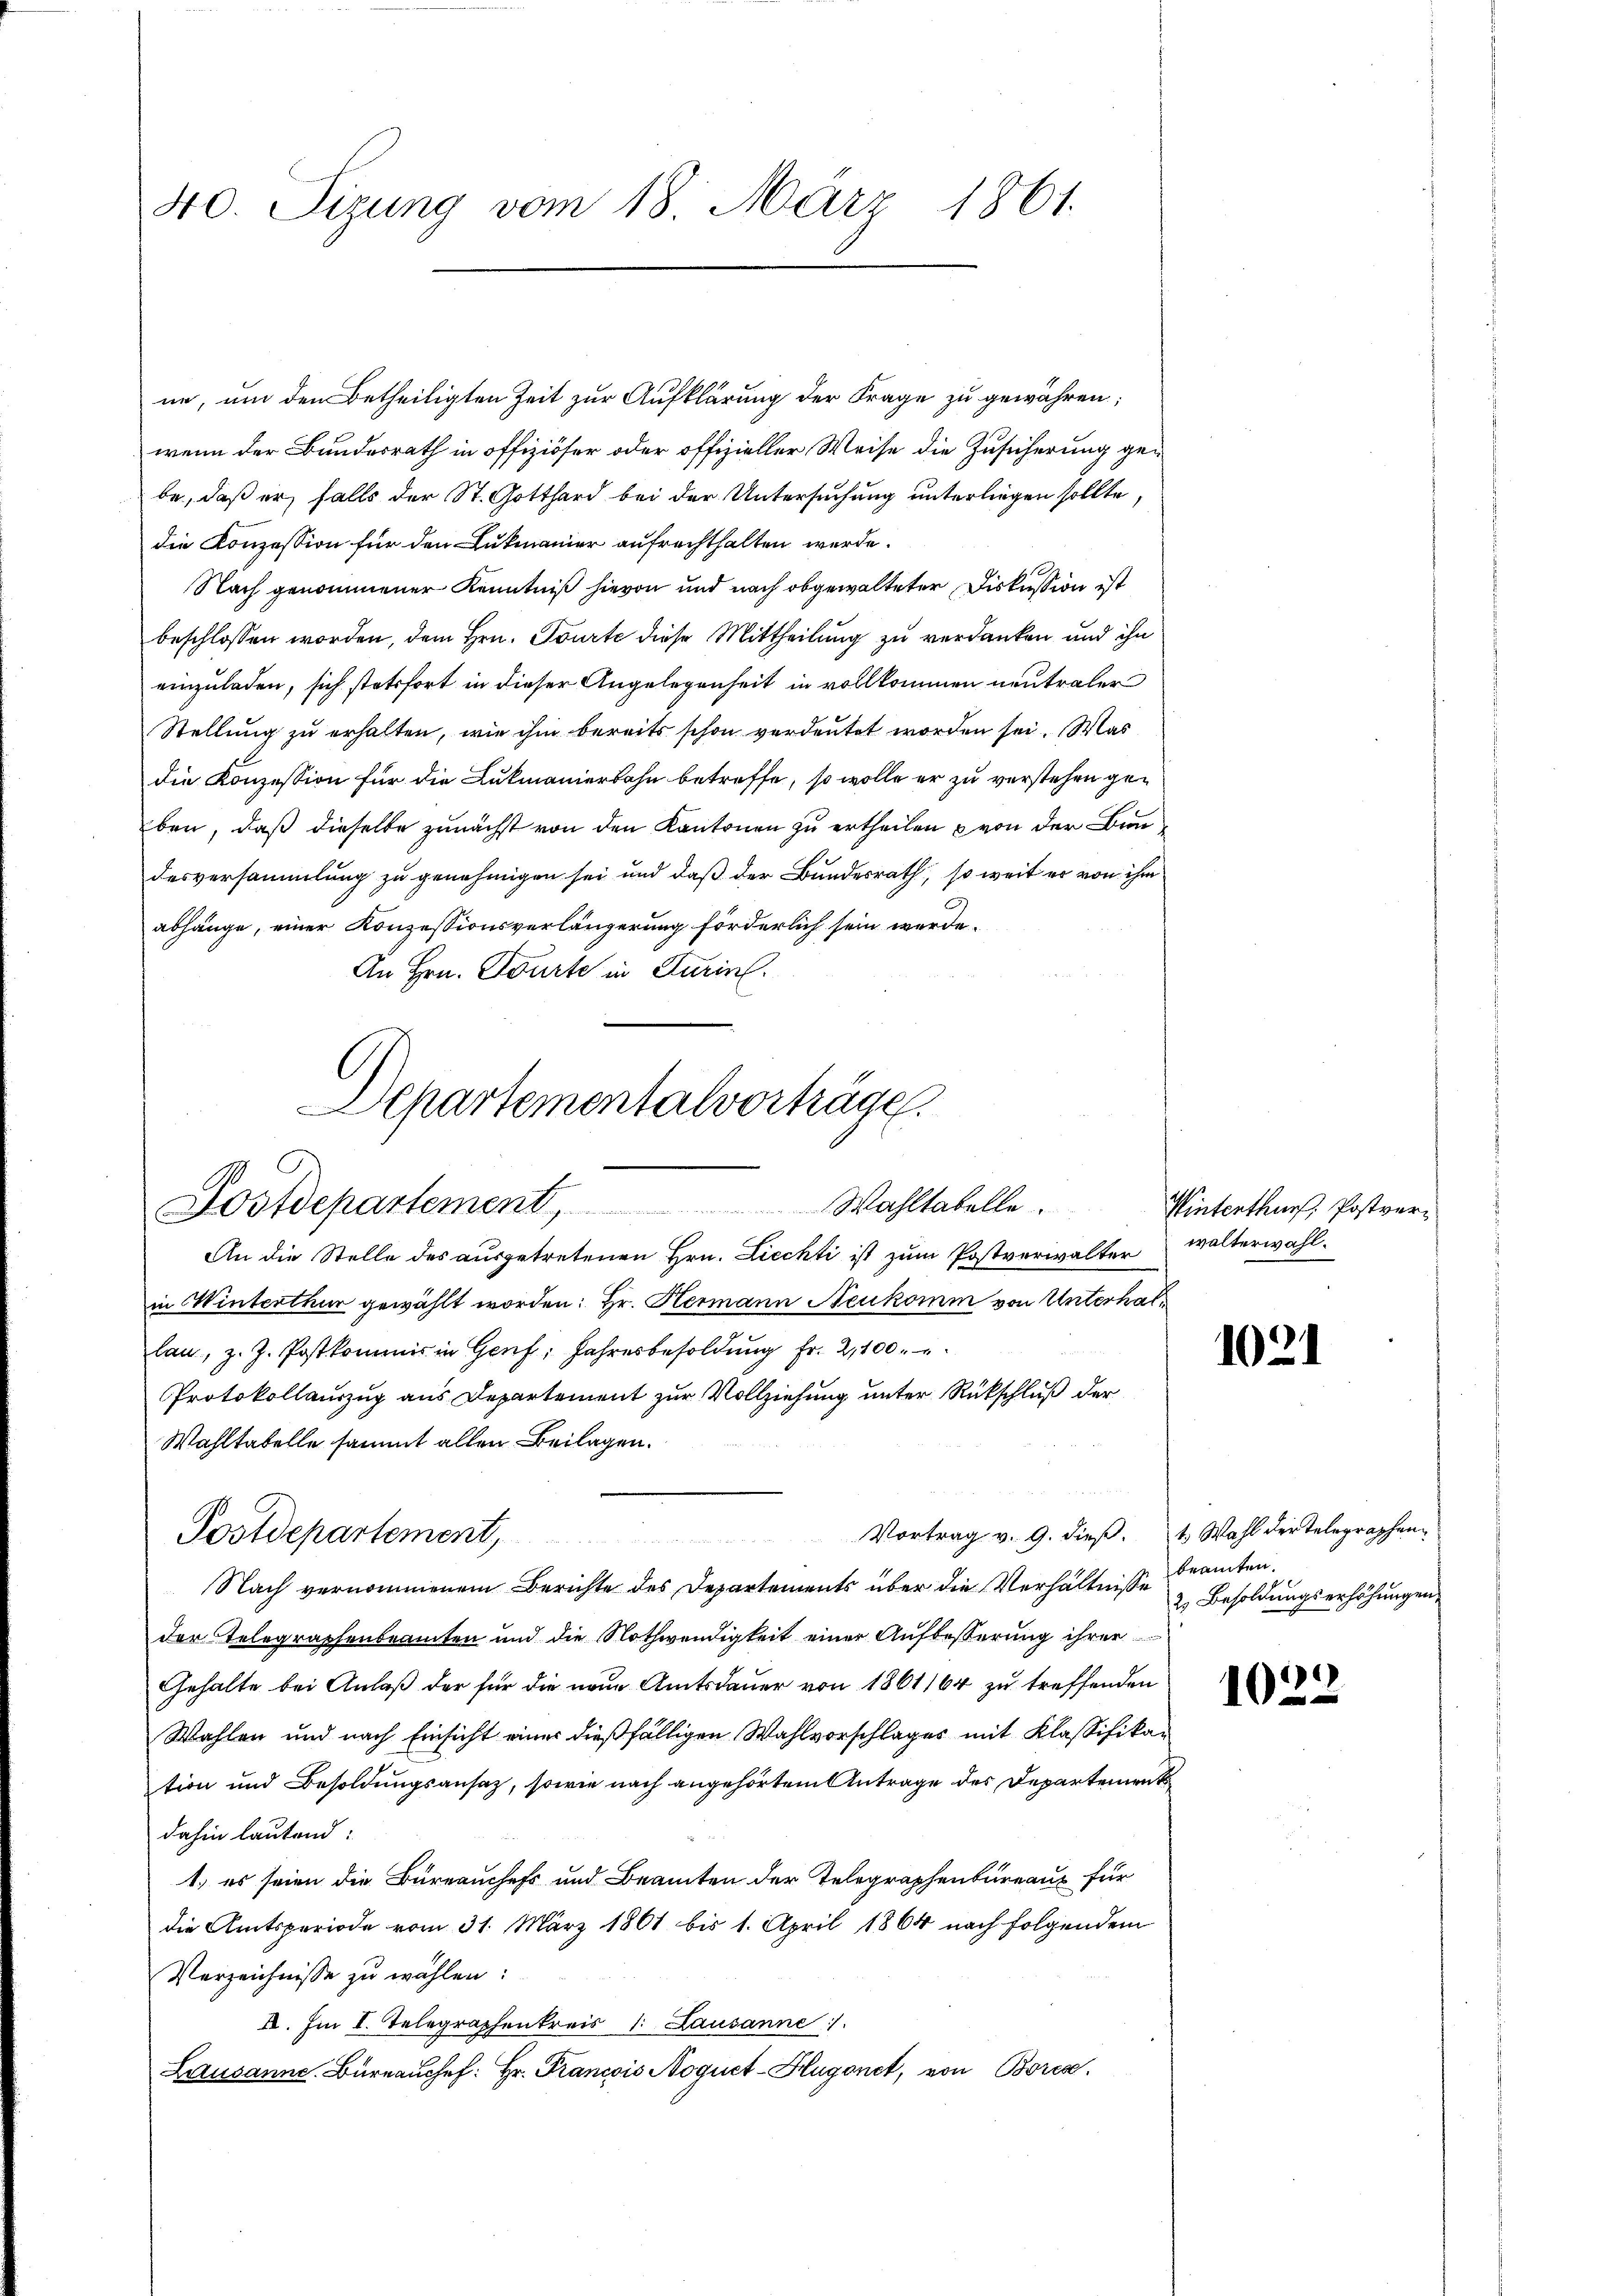
40 Sizung vom 18. März 1861.

ne, um den betheiligten Zeit zur Aufklärung der Frage zu gewähren;
wenn der Bundesrath in offiziöser oder offizieller Weise die Zusicherung gebe, daß er falls der St. Gotthard bei der Untersuchung unterliegen sollte,
die Konzession für den Lukmanier aufrechthalten werde.
Nach genommener Kenntniß hievon und nach obgewalteter Diskussion ist
beschlossen worden, dem Hrn. Tourte diese Mittheilung zu verdanken und ihn
einzuladen, sich stetsfort in dieser Angelegenheit in vollkommen neutraler
Stellung zu erhalten, wie ihm bereits schon verdeutet worden sei. Was
die Konzession für die Lukmanierbahn betreffe, so wolle er zu verstehen geben, daß dieselbe zunächst von den Kantonen zu ertheilen & von der Bundesversammlung zu genehmigen sei und daß der Bundesrath, so weit er von ihm
abhänge, einer Konzessionsverlängerung förderlich sein werde.
An Hrn. Tourte in Turin.
Departementalvorträge.

Postdepartement,
Wahltabelle

An die Stelle des ausgetretenen Hrn. Liechti ist zum Postverwalter
in Winterthur gewählt worden: Hr. Hermann Neukomm von Unterhallan, z. Z. Postkommis in Genf, Jahresbesoldŭng fr. 2,100.
Protokollauszug aus Departement zur Vollziehung unter Rückschluß der
Wahltabelle sammt allen Beilagen.
Nach vernommenem Berichte des Departements über die Verhältnisse
der Telegraphenbeamten und die Nothwendigkeit einer Aufbeßerung ihrer
Gehalte bei Anlaß der für die neue Amtsdauer von 1861164 zu treffenden
Wahlen und nach Einsicht einer dießfälligen Wahlvorschlages mit Klassifikation und Besoldungsansaz, sowie nach angehörtem Antrage des Departement
dahin lautend:
1.) es seien die Büreauchefs und Beamten der Telegraphenbureaus für
die Amtsperiode vom 31. März 1861 bis 1. April 1864 nach folgendem
Verzeichnisse zu wählen:
A. Im I. Telegraphenkreis 1. Lausanne
Lausanne. Büreaŭchef: Hr. Francois Noquet-Hügonet, von Borca

Postdepartement,

Winterthur, Postverwalterwahl.

Vortrag v. 9. dieß. 1. Wahl der Telegraphen-

102)

beamten.
2) Besoldungserhöhungen

1022